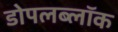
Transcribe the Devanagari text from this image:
डोपलब्लॉक